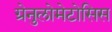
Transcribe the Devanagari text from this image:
ग्रेनुलोमेटोसिस